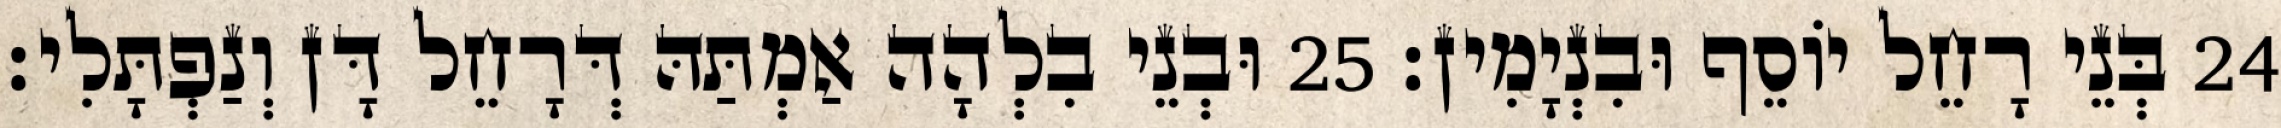
24 בְּנֵי רָחֵל יוֹסֵף וּבִנְיָמִין׃ 25 וּבְנֵי בִלְהָה אַמְתַּהּ דְּרָחֵל דָּן וְנַפְתָּלִי׃